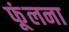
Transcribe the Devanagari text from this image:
फूंलना